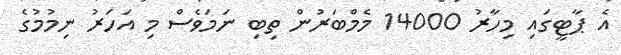
އެ ޕާޓީގައި މިހާރު 14000 މެމްބަރުން ތިބި ނަމަވެސް މި އަހަރު ނިމުމުގެ